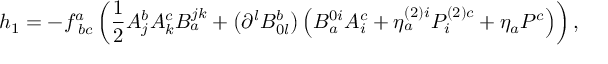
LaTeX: h _ { 1 } = - f _ { \; b c } ^ { a } \left( \frac { 1 } { 2 } A _ { j } ^ { b } A _ { k } ^ { c } B _ { a } ^ { j k } + \left( \partial ^ { l } B _ { 0 l } ^ { b } \right) \left( B _ { a } ^ { 0 i } A _ { i } ^ { c } + \eta _ { a } ^ { \left( 2 \right) i } { \cal P } _ { i } ^ { \left( 2 \right) c } + \eta _ { a } { \cal P } ^ { c } \right) \right) ,